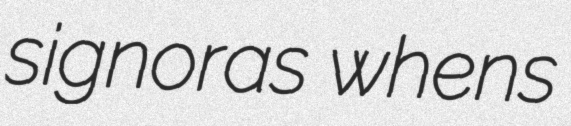
signoras whens